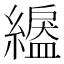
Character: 𦅺